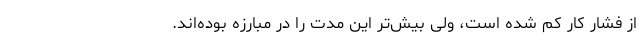
از فشار کار کم شده است، ولی بیش‌تر این مدت را در مبارزه بوده‌اند.